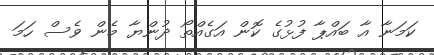
ކަމަނާ އާ ބައްޕާ ފުޅުގެ ކޮން އަގެއްތޯ ދުންޔާ މެން ވެސް ހަމަ